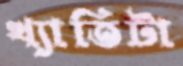
খ্যাতিটা